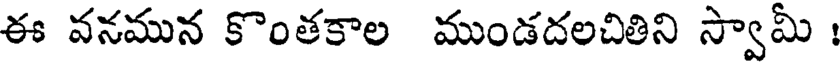
ఈ వనమున కొంతకాల ముండదలచితిని స్వామీ :